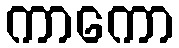
ကာကော